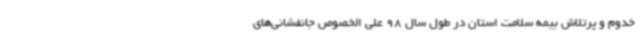
خدوم و پرتلاش بیمه سلامت استان در طول سال 98 علی الخصوص جانفشانی‌های